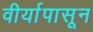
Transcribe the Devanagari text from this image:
वीर्यापासून